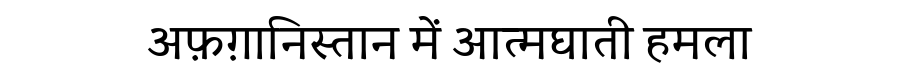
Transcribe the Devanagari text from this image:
अफ़ग़ानिस्तान में आत्मघाती हमला